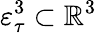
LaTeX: \varepsilon_{\tau}^{3}\subset\mathbb{R}^{3}